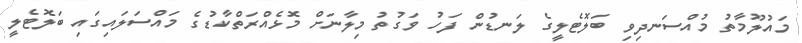
މައުލޫމާތު މުއްސަނދިވި ބަލޮޓެލީގެ ލަނޑުން ފަހު ވަގުތު މިލާނަށް މޮޅެއްރަތްކާޑުގެ މައްސަލައިގައި ބަލޮޓެލީ